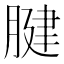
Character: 腱